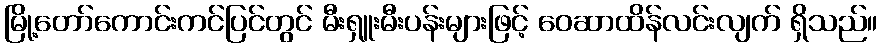
မြို့တော်ကောင်းကင်ပြင်တွင် မီးရှူးမီးပန်းများဖြင့် ဝေဆာထိန်လင်းလျက် ရှိသည်။